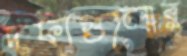
দফাগুলোর